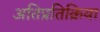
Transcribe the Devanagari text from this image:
अतिप्रतिक्रिया